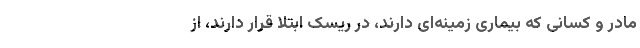
مادر و کسانی که بیماری زمینه‌ای دارند، در ریسک ابتلا قرار دارند، از